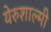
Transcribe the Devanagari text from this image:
येरुशाल्मी